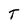
Character: T